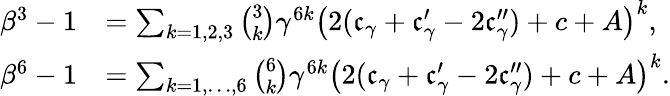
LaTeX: \begin{array}{rl}{\beta^{3}-1}&{=\sum_{k=1,2,3}{\binom{3}{k}}\gamma^{6k}\bigl(2(\mathfrak{c}_{\gamma}+\mathfrak{c}_{\gamma}^{\prime}-2\mathfrak{c}_{\gamma}^{\prime\prime})+c+A\bigr)^{k},}\\ {\beta^{6}-1}&{=\sum_{k=1,\ldots,6}{\binom{6}{k}}\gamma^{6k}\bigl(2(\mathfrak{c}_{\gamma}+\mathfrak{c}_{\gamma}^{\prime}-2\mathfrak{c}_{\gamma}^{\prime\prime})+c+A\bigr)^{k}.}\end{array}